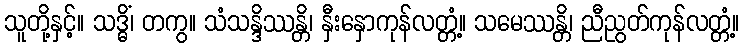
သူတို့နှင့်။ သဒ္ဓိံ၊ တကွ။ သံသန္ဒိဿန္တိ၊ နှီးနှောကုန်လတ္တံ့။ သမေဿန္တိ၊ ညီညွတ်ကုန်လတ္တံ့။